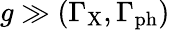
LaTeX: g\gg(\Gamma_{\mathrm{{X}}},\Gamma_{\mathrm{{ph}}})